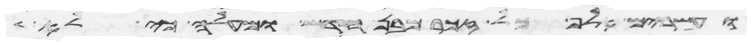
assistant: ועשרים אלף כל זכר מבן חדש ומעלה כי לא